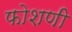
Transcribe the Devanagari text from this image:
फोशणी